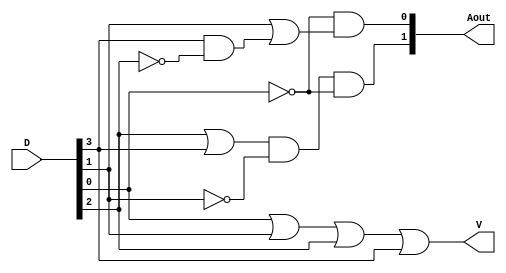
module  Lab2_encoder_4bit_dataflow (output [1:0] Aout, output V, input [3:0] D);
  assign
    Aout[1] = (D[2]||D[3])&&(!D[1])&&(!D[0]),
    Aout[0] = (!D[0])&&(D[1]||D[3]&&(!D[2])),
    V = D[0]||D[1]||D[2]||D[3];
endmodule